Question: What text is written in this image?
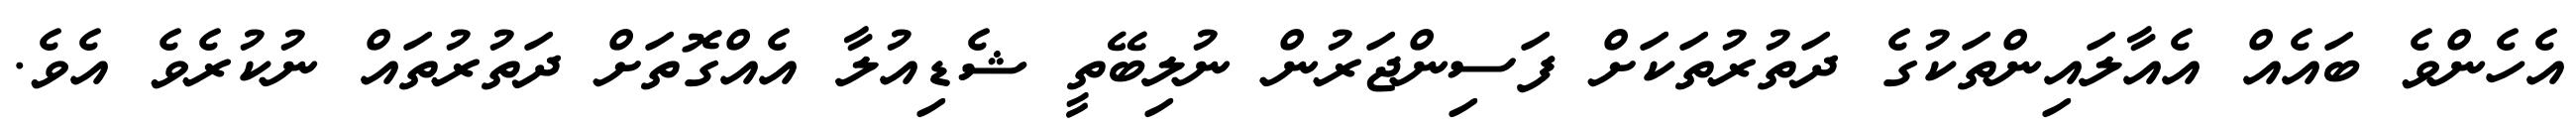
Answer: އެހެންވެ ބައެއް އެއާލައިންތަކުގެ ދަތުރުތަކަށް ފަސިންޖަރުން ނުލިބޭތީ ޝެޑިއުލާ އެއްގޮތަށް ދަތުރުތައް ނުކުރެވެ އެވެ.